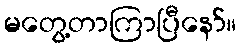
မတွေ့တာကြာပြီနော်။